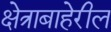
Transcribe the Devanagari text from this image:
क्षेत्राबाहेरील